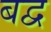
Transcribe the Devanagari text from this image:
बद्व